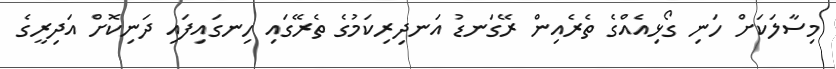
މިސާލަކަށް ހަނި ގޯޅިއެއްގެ ތެރެއިން ރޭގަނޑު އަނދިރިކަމުގެ ތެރޭގައި ހިނގައިފައި ދަނިކޮށް އަދިރީގެ